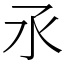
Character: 氶